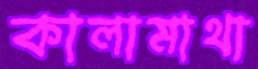
কালামাথা